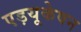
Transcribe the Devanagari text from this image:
एड़यूकेषन